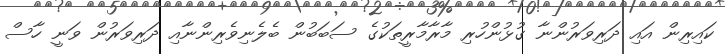
ކައިރިން އައި ދަރިވަރުންނާ ގުޅުންހުރި މާރާމާރީތަކުގެ ސަބަބުން ބެލެނިވެރިންނާއި ދަރިވަރުން ވަނީ ހާސް